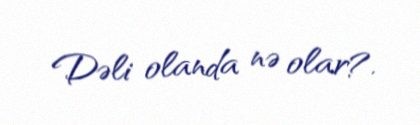
Dəli olanda nə olar?.